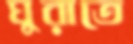
ঘুরাতে